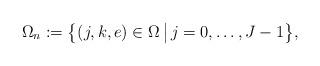
LaTeX: \begin{align*} \Omega_n:=\big\{(j,k,e)\in\Omega\, \big|\, j=0,\ldots,J-1\big\},\end{align*}